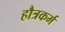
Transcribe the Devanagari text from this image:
हौत्रकर्म